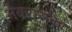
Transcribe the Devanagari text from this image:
नेबरासका